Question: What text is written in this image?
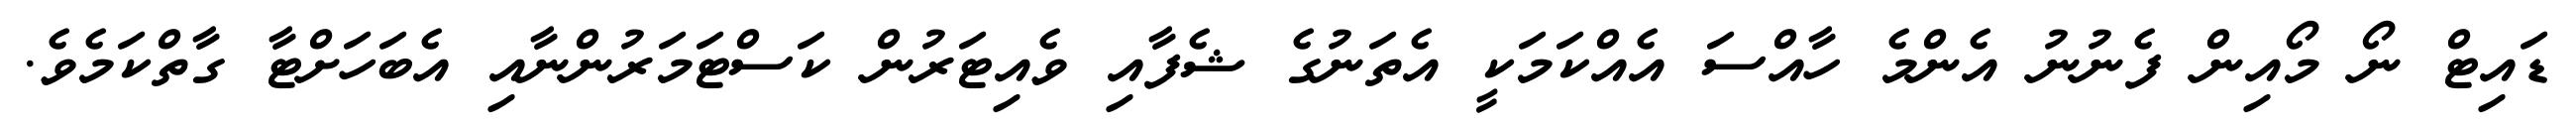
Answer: ޑައިޓް ނޯ މޯއިން ފެނުނު އެންމެ ހާއްސަ އެއްކަމަކީ އެތަނުގެ ޝެފާއި ވެއިޓަރުން ކަސްޓަމަރުންނާއި އެބަހަށްޓާ ގާތްކަމެވެ.